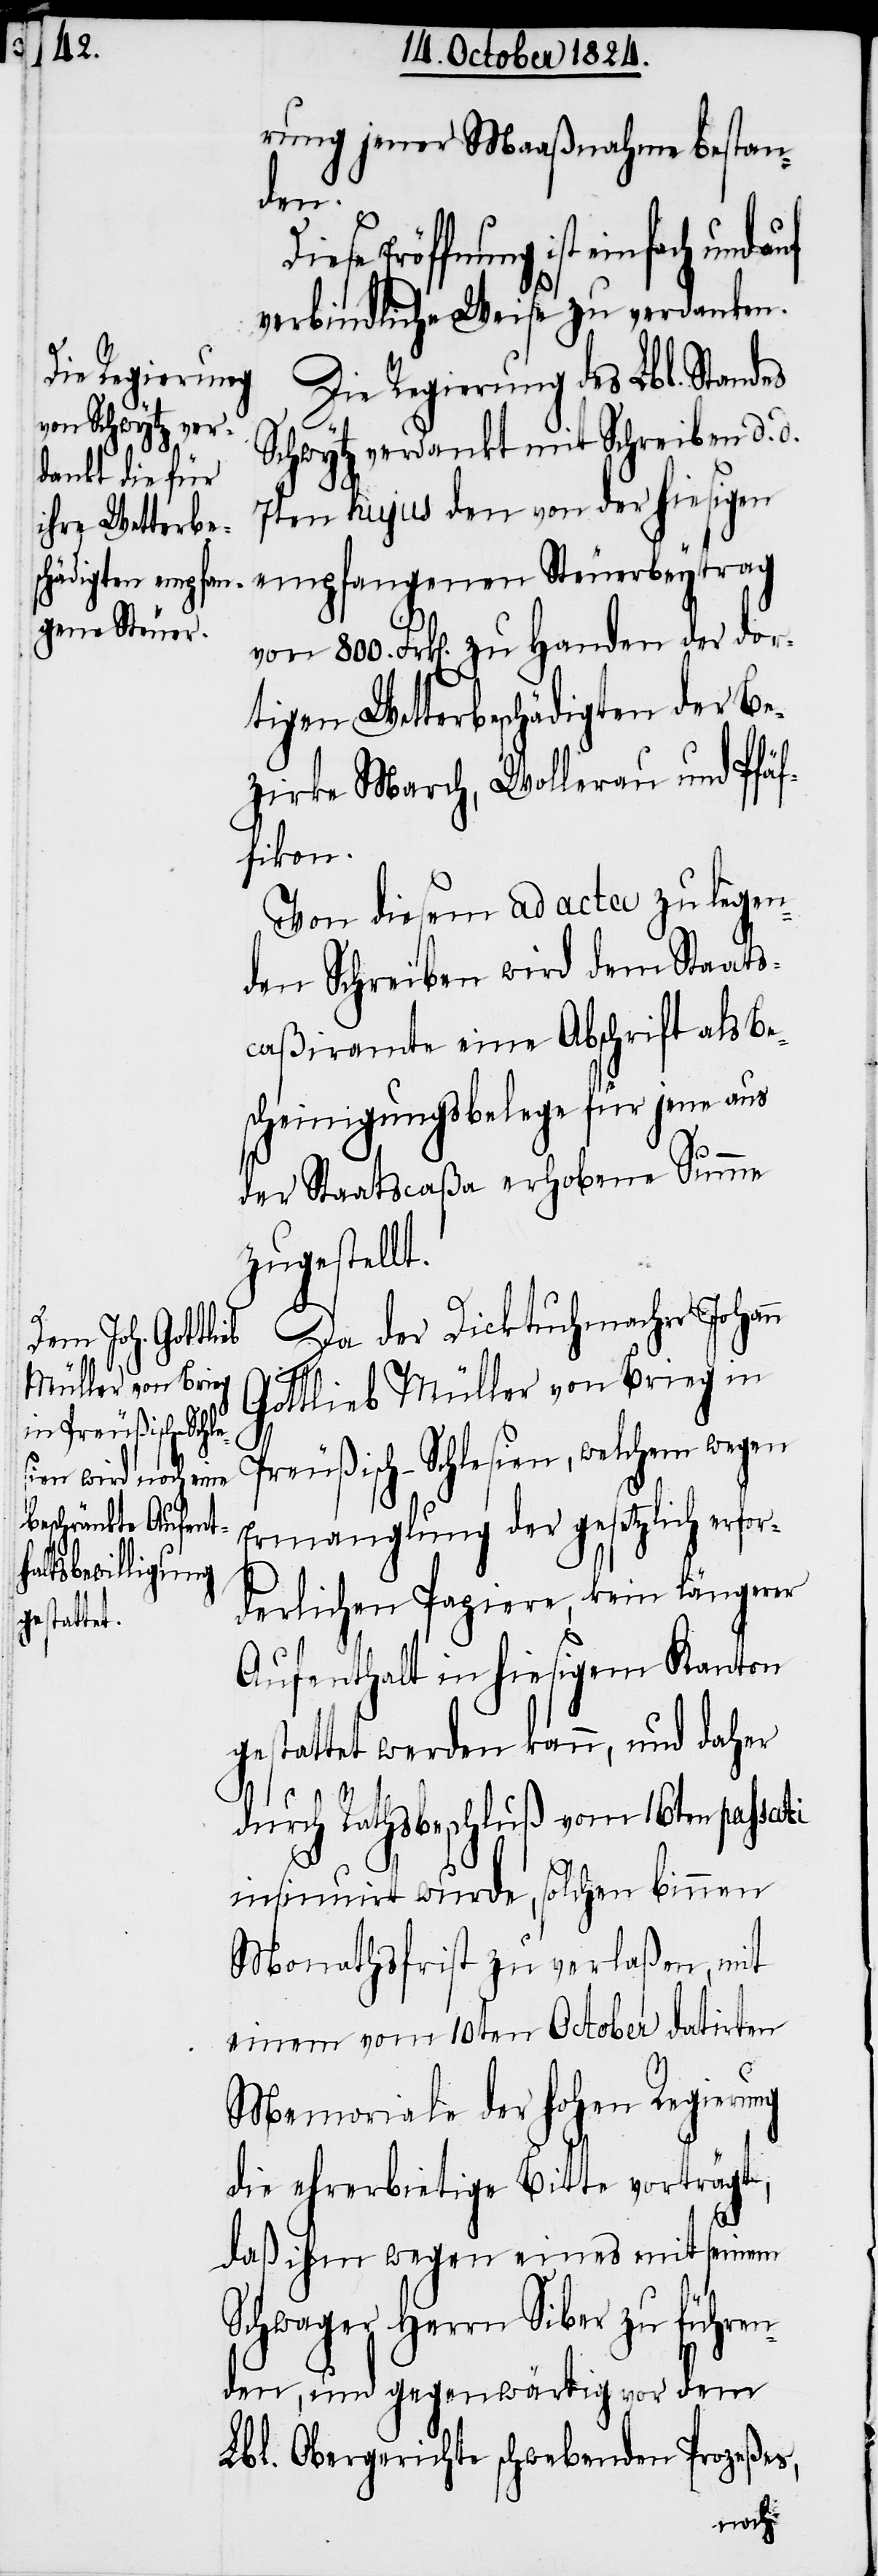
rung jener Maaßnahme bestan¬
den.
Eröffnung ist einfach und
verbindliche Weise zu verdanken.
Die Regierung des Lbl. Stand¬
Schwytz erdankt mit Schreiben d. d.
7ten hujus den von der hiesigen
empfangenen Steuerbeytrag
von 800. Frk[en]. zu Handen der dor¬
tigen Wetterbeschädigten der Be¬
zirke March, Wollerau und Pfäf¬
fikon.
Von diesem ad acta zu legen¬
den Schreiben wird dem Staats¬
caßiramte eine Abschrift als Be¬
scheinigungsbelege für jene aus
der Staatscaßa erhobene Summe
zugestellt.
Da der Dicktuchmacher Johann
Gottlieb Müller von Brieg in
Preußisch-Schlesien, welchem wegen
Ermanglung der gesetzlich erfor¬
derlichen Papiere, kein längerer
Aufenthalt in hiesigem Kanton
gestattet werden kann, und daher
durch Rathsbeschluß vom 16ten passati
insinuirt wurde, solchen binnen
Monathsfrist zu verlaßen, mit
einem vom 10ten October datirten
Memoriale der hohen Regierung
die ehrerbietige Bitte verträgt,
daß ihm wegen eines mit seinem
es
Schwager Herrn Siber zu führen¬
den, und gegenwärtig vor dem
Lbl. Obergerichte schwebenden Prozeßes,